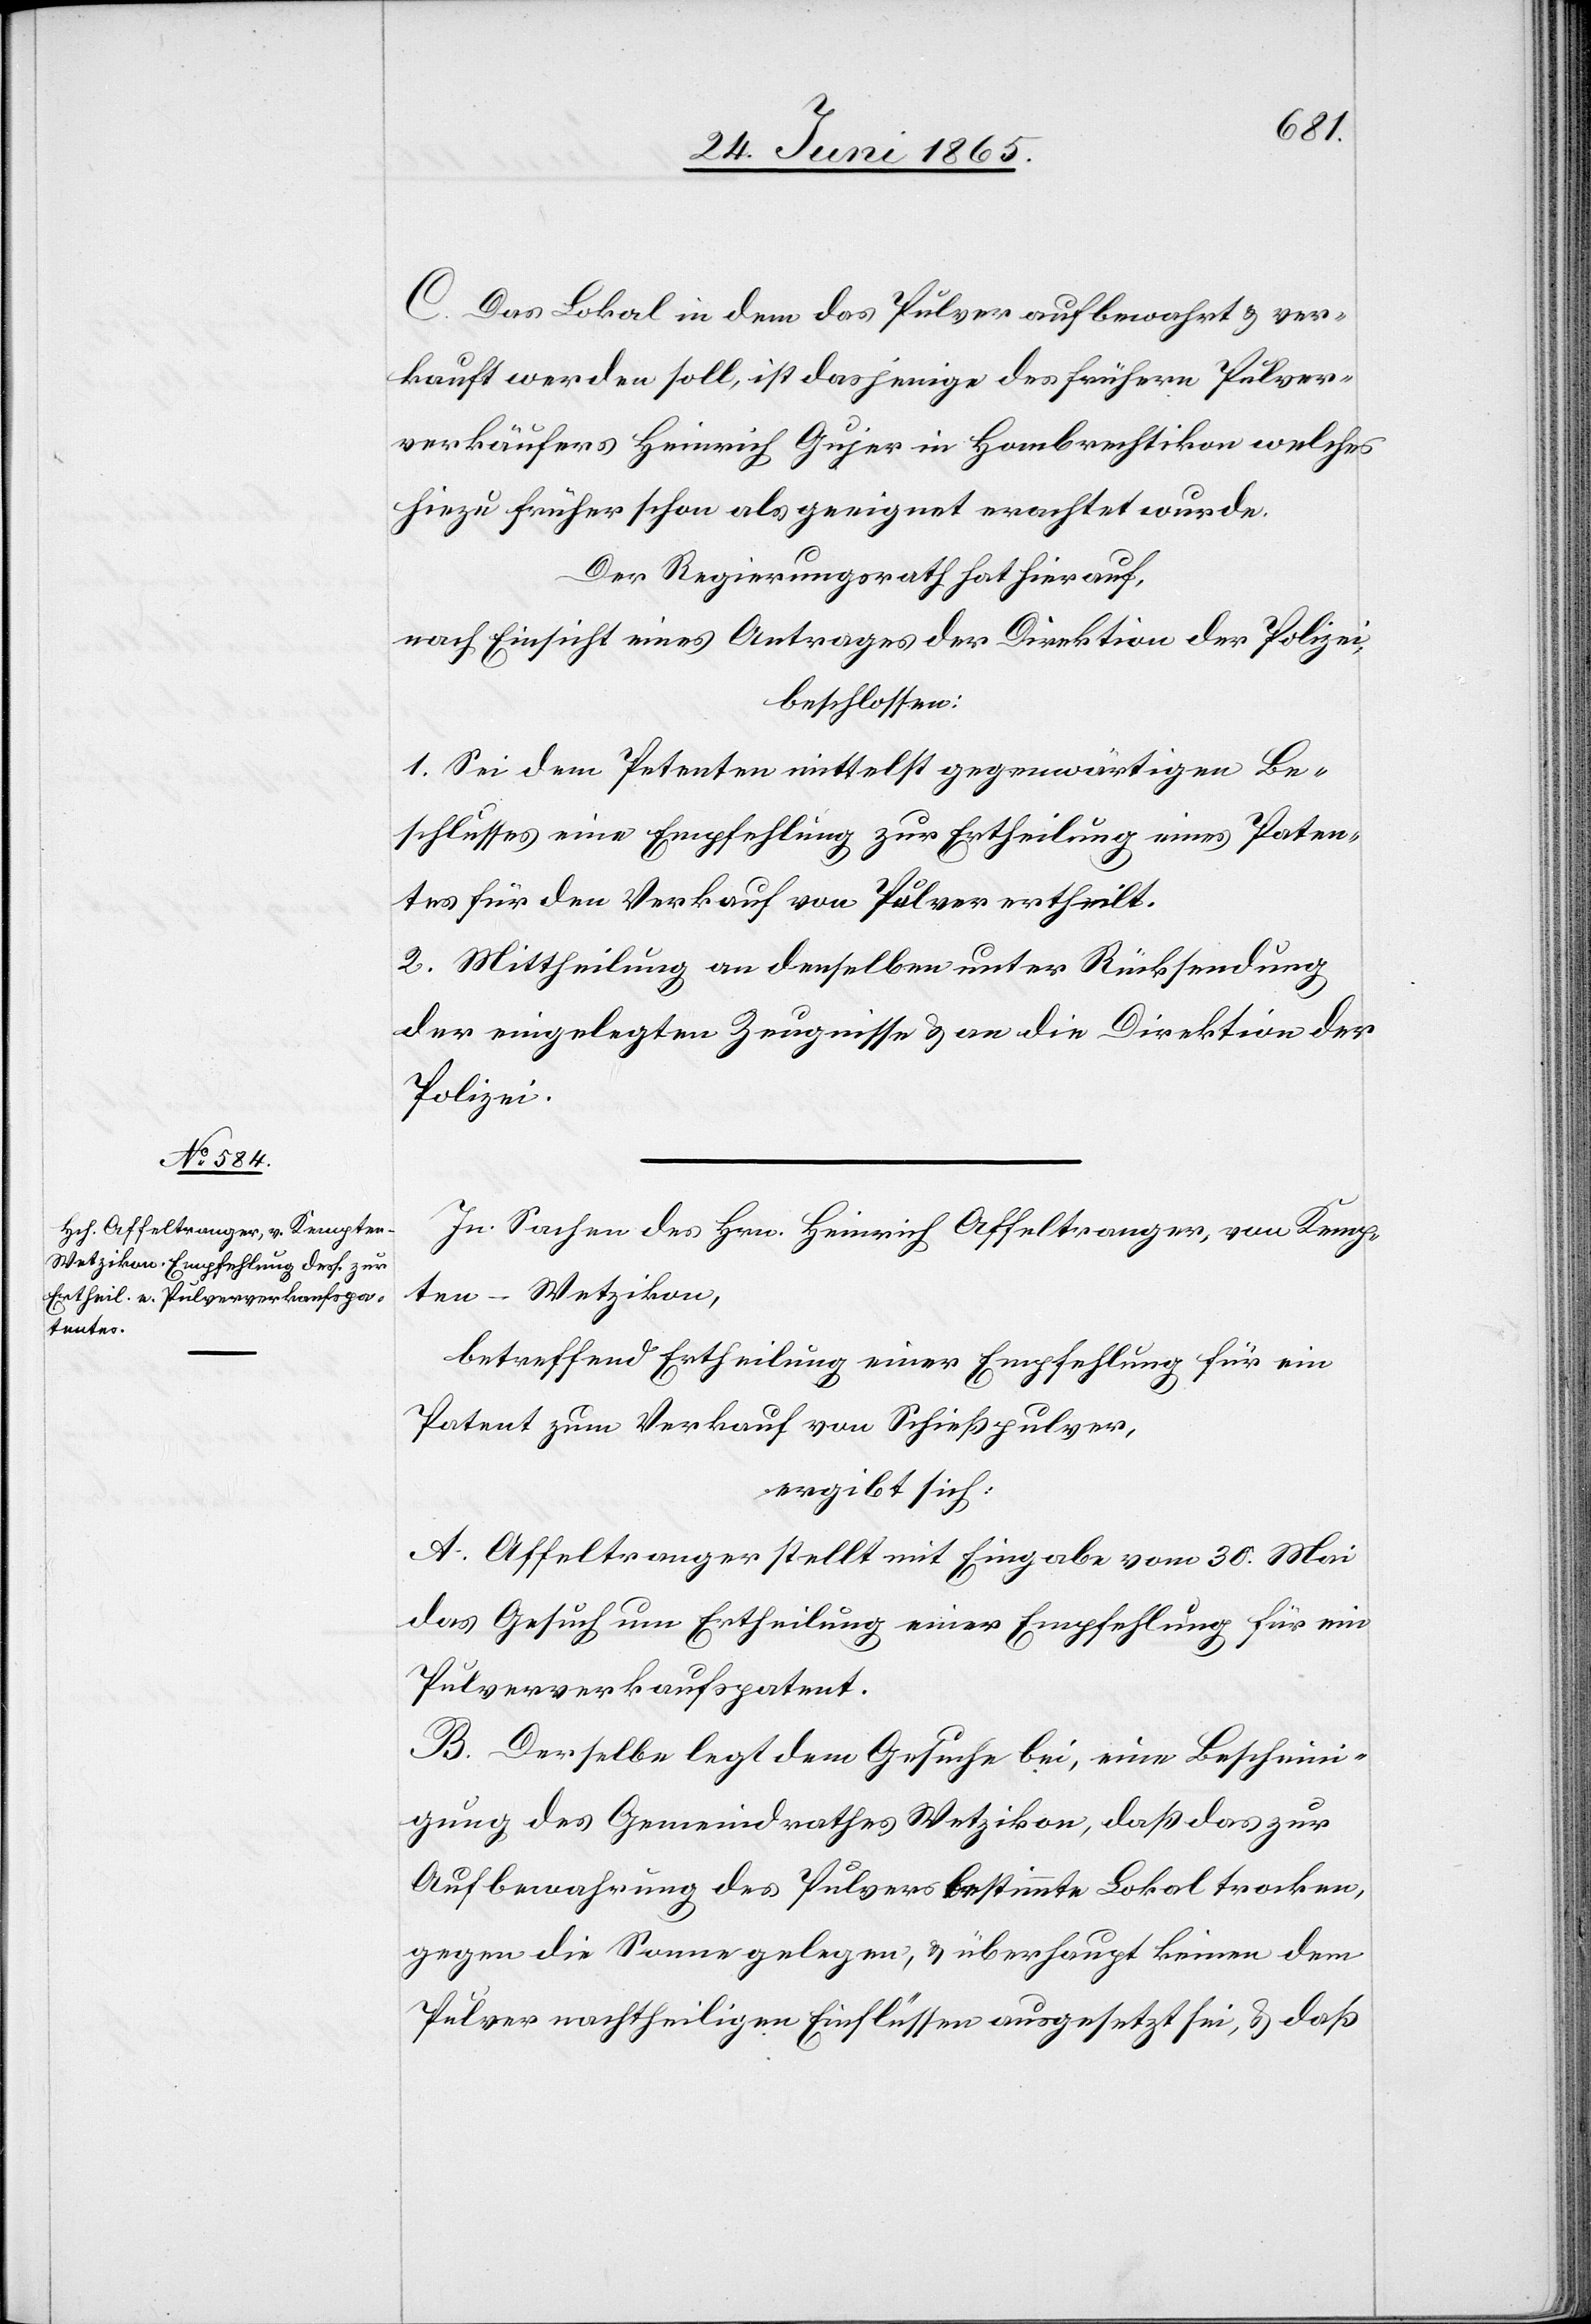
C. Das Lokal in dem das Pulver aufbewahrt & ver¬
kauft werden soll, ist dasjenige des frühern Pulver¬
verkäufers Heinrich Gujer in Hombrechtikon welches
hiezu früher schon als geeignet erachtet wurde.
Der Regierungsrath hat hierauf,
nach Einsicht eines Antrages der Direktion der Polizei,
beschlossen:
1. Sei dem Petenten mittelst gegenwärtigen Be¬
schlusses eine Empfehlung zur Ertheilung eines Paten¬
tes für den Verkauf von Pulver ertheilt.
2. Mittheilung an denselben unter Rücksendung
der eingelegten Zeugnisse & an die Direktion der
Polizei.
In Sachen des Hrn. Heinrich Affeltranger, von Kemp¬
ten-Wetzikon,
betreffend Ertheilung einer Empfehlung für ein
Patent zum Verkauf von Schießpulver,
ergibt sich:
A. Affeltranger stellt mit Eingabe vom 30. Mai
das Gesuch um Ertheilung einer Empfehlung für ein
Pulververkaufspatent.
B. Derselbe legt dem Gesuche bei, eine Bescheini¬
gung des Gemeindrathes Wetzikon, daß das zur
Aufbewahrung des Pulvers bestimmte Lokal trocken,
gegen die Sonne gelegen, & überhaupt keinen dem
Pulver nachtheiligen Einflüssen ausgesetzt sei, & daß